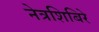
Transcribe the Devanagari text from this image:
नेत्रशिबिरे